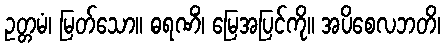
ဥတ္တမံ၊ မြတ်သော။ ဓရဏိံ၊ မြေအပြင်ကို။ အပိစေလဘတိ၊